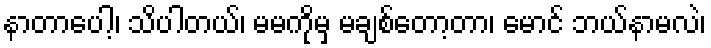
နာတာပေါ့၊ သိပါတယ်၊ မမကိုမှ မချစ်တော့တာ၊ မောင် ဘယ်နာမလဲ၊